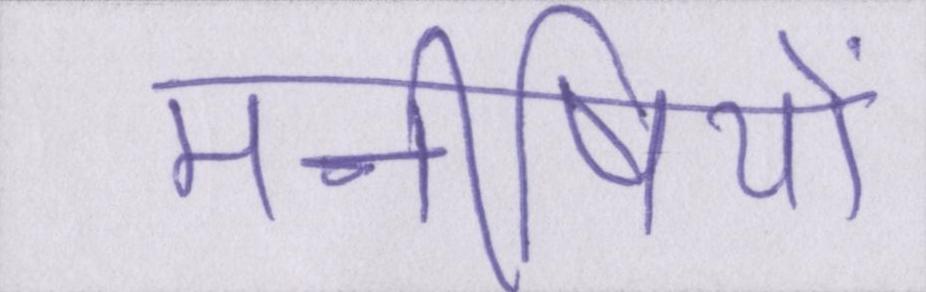
मनीषियों